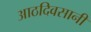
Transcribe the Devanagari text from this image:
आठदिवसानी